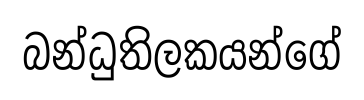
බන්ධුතිලකයන්ගේ